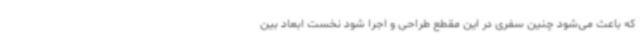
که باعث می‌شود چنین سفری در این مقطع طراحی و اجرا شود نخست ابعاد بین